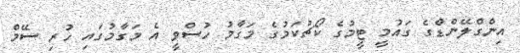
އިންގްލޭންޑްގެ ގައުމީ ޓީމުގެ ކޯޗުކަމުގެ މަގާމު ހުސްވީ އެ މަގާމުގައި ހުރި ސޭމް